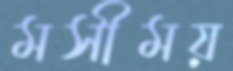
মসীময়